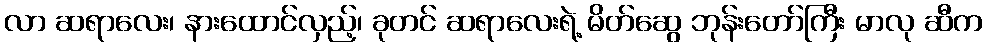
လာ ဆရာလေး၊ နားထောင်လှည့်၊ ခုတင် ဆရာလေးရဲ့ မိတ်ဆွေ ဘုန်းတော်ကြီး မာလု ဆီက